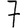
Digit: 7